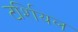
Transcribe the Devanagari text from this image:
टर्शियल